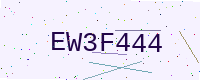
Text: EW3F444